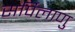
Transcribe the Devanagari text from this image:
सर्पिलाणु